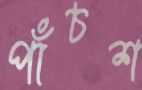
পাঁচশ